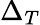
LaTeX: \Delta_{T}